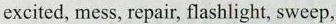
excited, mess, repair, flashlight, sweep,